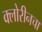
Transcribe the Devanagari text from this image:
क्लोरीनचा